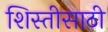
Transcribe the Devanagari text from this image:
शिस्तीसाठी